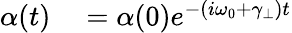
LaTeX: \begin{array}{rl}{\alpha(t)}&{{}=\alpha(0)e^{-(i\omega_{0}+\gamma_{\perp})t}}\end{array}